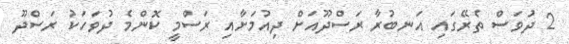
2 ދުވަސް ތެރޭގައި އަނބުރާ ރަސްދޫއަށް ދިއުމަށާއި ރަސްމީ ކޮންމެ ދުވަހަކު ރަސްދޫ